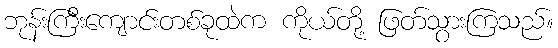
ဘုန်းကြီးကျောင်းတစ်ခုထဲက ကိုယ်တို့ ဖြတ်သွားကြသည်။